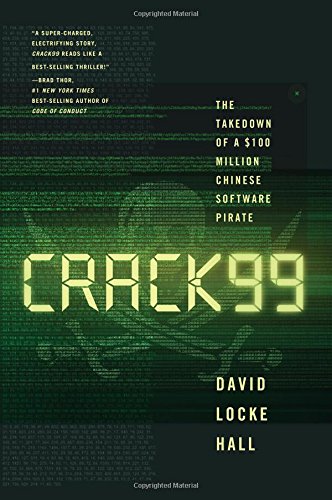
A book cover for CRACK99: The Takedown of a $100 Million Chinese Software Pirate; David Locke Hall; Computers & Technology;